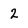
Character: 2